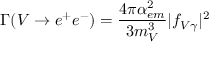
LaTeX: \Gamma ( V \rightarrow e ^ { + } e ^ { - } ) = \frac { 4 \pi \alpha _ { e m } ^ { 2 } } { 3 m _ { V } ^ { 3 } } | f _ { V \gamma } | ^ { 2 }